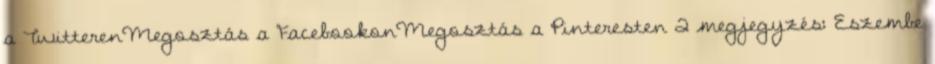
a TwitterenMegosztás a FacebookonMegosztás a Pinteresten 2 megjegyzés: Eszembe